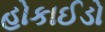
હોકાઈડો